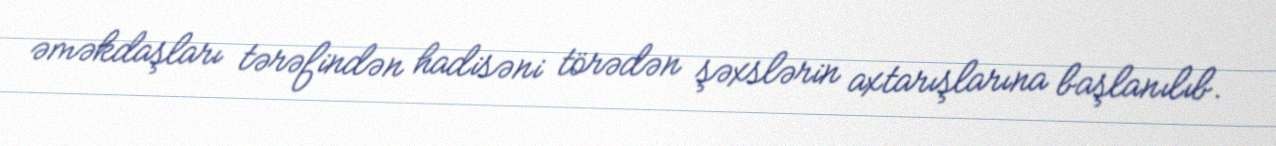
əməkdaşları tərəfindən hadisəni törədən şəxslərin axtarışlarına başlanılıb.